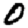
Digit: 0